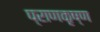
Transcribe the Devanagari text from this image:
प्राणकृष्ण